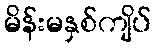
မိန်းမနှစ်ကျိပ်